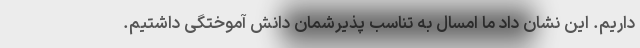
داریم. این نشان داد ما امسال به تناسب پذیرشمان دانش آموختگی داشتیم.